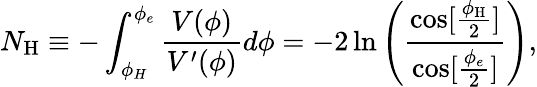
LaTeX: N_{\mathrm{H}}\equiv-\int_{\phi_{H}}^{\phi_{e}}\frac{V({\phi})}{V^{\prime}({\phi})}d\phi=-2\ln\left(\frac{\cos[\frac{\phi_{\mathrm{H}}}{2}]}{\cos[\frac{\phi_{e}}{2}]}\right),